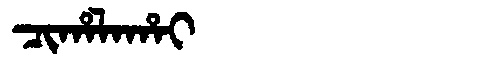
Manchu: ᠴᡳᡥᠠᠯᠠᡥᠠᡳ
Romanization: CIHALAHAI